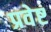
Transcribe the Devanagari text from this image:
प्रवेष्ट